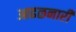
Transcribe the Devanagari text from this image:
आढळनारी